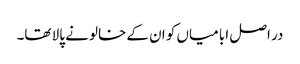
در اصل ابا میاں کو ان کے خالو نے پالا تھا۔